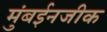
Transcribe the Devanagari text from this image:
मुंबईनजीक